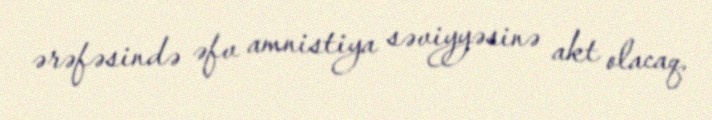
ərəfəsində əfv amnistiya səviyyəsinə akt olacaq.